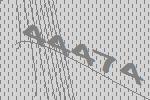
44474